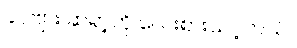
ခင်ဗျား ဆရာ့ကို လေးစားသင့်တယ်။